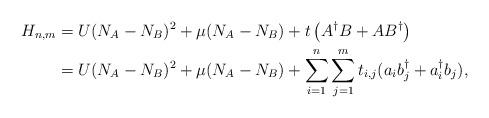
LaTeX: \begin{align*}H_{n,m} &= U(N_{A}-N_{B})^2+\mu(N_{A}-N_{B})+t\left(A^{\dagger} B+A B^\dagger\right) \\&=U(N_{A}-N_{B})^2+\mu(N_{A}-N_{B}) +\sum_{i=1}^n\sum_{j=1}^m t_{i,j}(a_{i}b_{j}^\dagger+a_{i}^\dagger b_{j}),\end{align*}